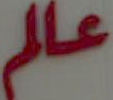
عالم